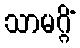
သာမဂ္ဂိံ